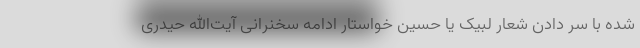
شده با سر دادن شعار لبیک یا حسین خواستار ادامه سخنرانی آیت‌الله حیدری